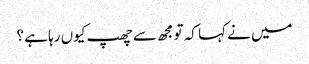
میں نے کہا کہ تو مجھ سے چھپ کیوں رہا ہے ؟